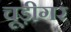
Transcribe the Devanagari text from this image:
चूड़ीगर